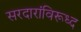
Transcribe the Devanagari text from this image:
सरदारांविरूध्द